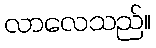
လာလေသည်။